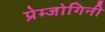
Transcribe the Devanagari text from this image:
प्रेम्जोगिनी